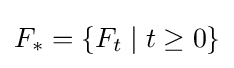
F_{*}=\{F_{t}\mid t\geq 0\}